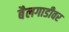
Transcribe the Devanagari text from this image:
बैलगाडीवर